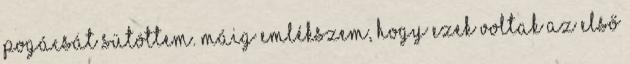
pogácsát sütöttem. Máig emlékszem, hogy ezek voltak az első